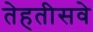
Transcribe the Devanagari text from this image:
तेहतीसवे